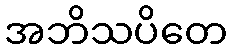
အဘိသပိတေ